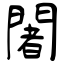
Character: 闍